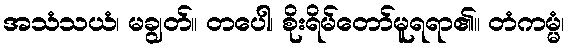
အသံသယံ၊ မချွတ်။ တပေါ၊ စိုးရိမ်တော်မူရရာ၏။ တံကမ္မံ၊